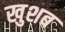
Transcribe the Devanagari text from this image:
खुशब